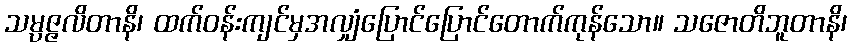
သမ္ပဇ္ဇလိတာနိ၊ ထက်ဝန်းကျင်မှအလျှံပြောင်ပြောင်တောက်ကုန်သော။ သဇောတိဘူတာနိ၊